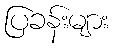
ပြခန်းများ